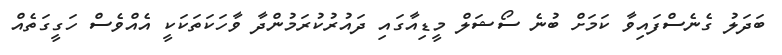
ބަދަލު ގެނެސްފައިވާ ކަމަށް ބުނެ ސޯޝަލް މީޑިއާގައި ދައުރުކުރަމުންދާ ވާހަކަތަކަކީ އެެއްވެސް ހަގީގަތެއް